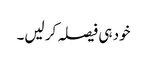
خود ہی فیصلہ کر لیں۔